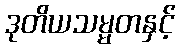
ဒုတိယသမ္မတနှင့်